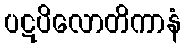
ပဋပိလောတိကာနံ